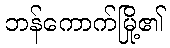
ဘန်ကောက်မြို့၏